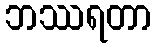
ဘဿရတာ